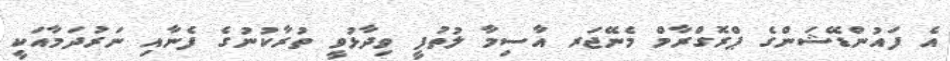
އެ ފައުންޑޭޝަންގެ ޕްރޮގްރާމް މެނޭޖަރ އާސިމާ ލުތުފީ ވިދާޅުވީ ތުރާކުނުގެ ފެނާއި ނަރުދަމާއަކީ